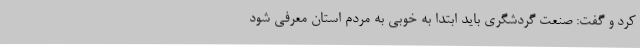
کرد و گفت: صنعت گردشگری باید ابتدا به خوبی به مردم استان معرفی شود